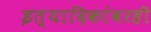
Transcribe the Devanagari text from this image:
इत्यादिकांवरही